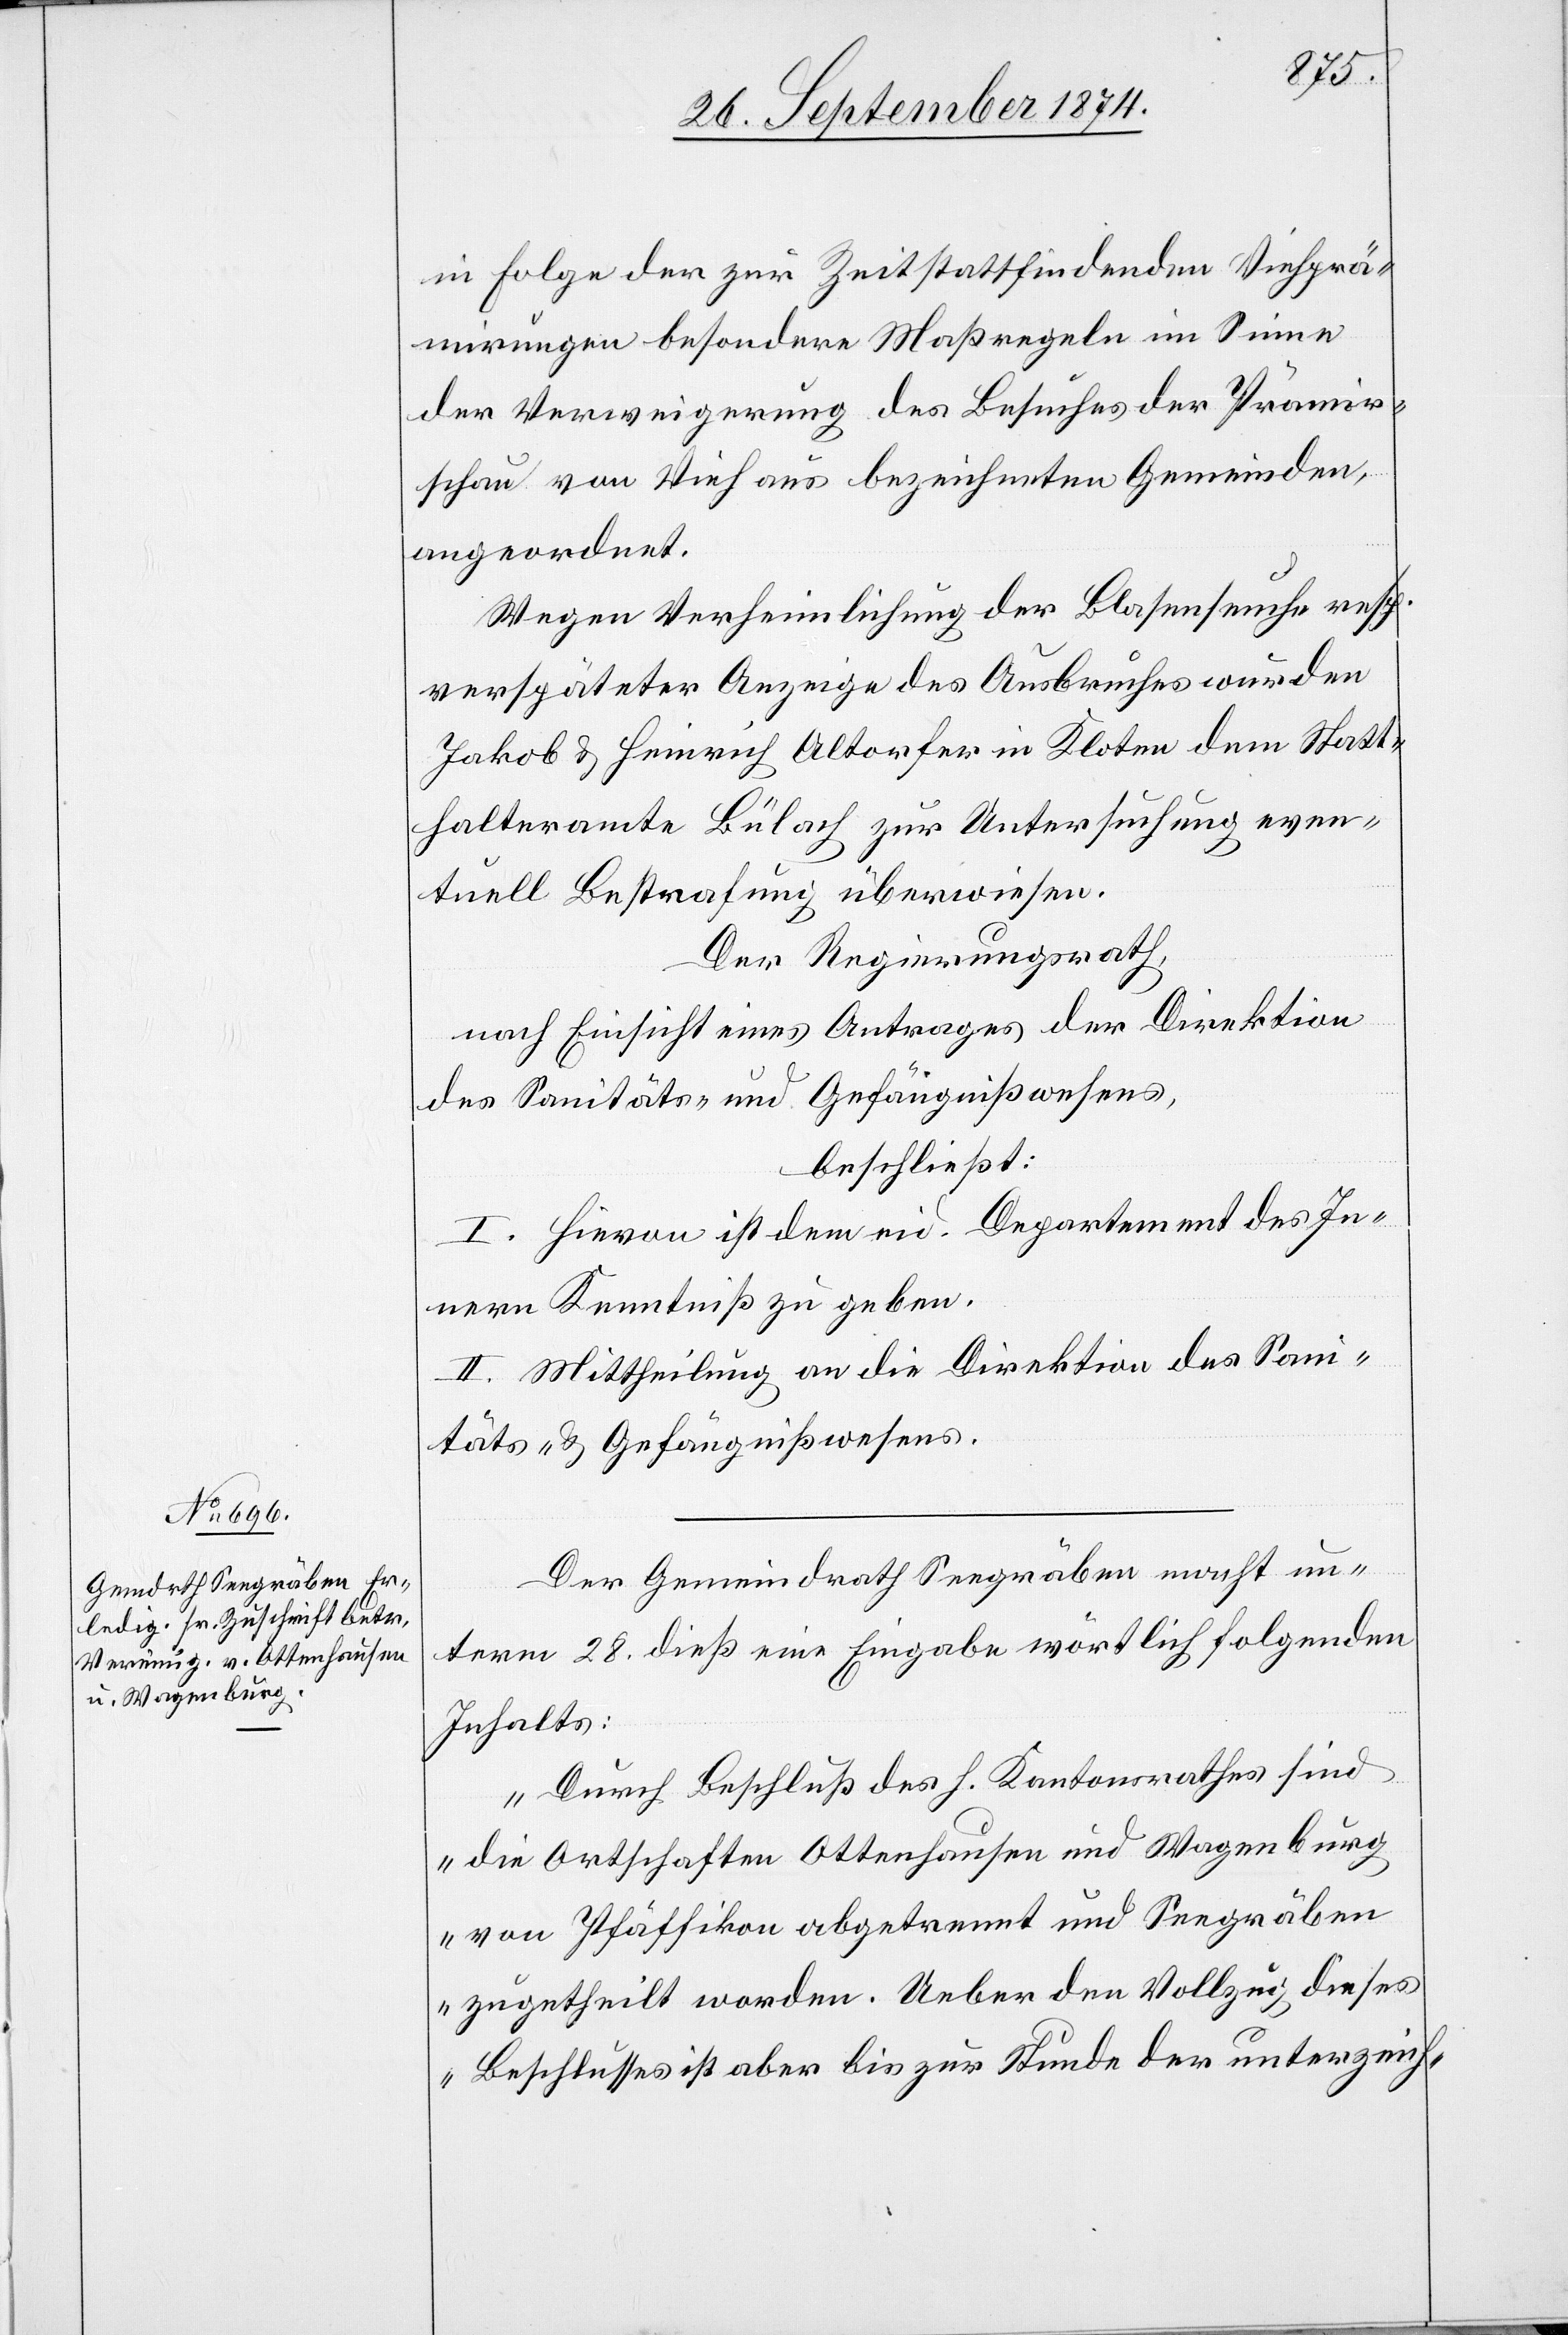
30. September 1874.]
in Folge der zur Zeit stattfindenden Viehprä¬
mirungen besondere Maßregeln im Sinne
der Verweigerung des Besuches der Prämir¬
schau von Vieh aus bezeichneten Gemeinden,
angeordnet.
Wegen Verheimlichung der Blasenseuche resp.
verspäteter Anzeige des Ausbruches wurden
Jakob & Heinrich Altorfer in Kloten dem Statt¬
halteramte Bülach zur Untersuchung even¬
tuell Bestrafung überwiesen.
Der Regierungsrath,
nach Einsicht eines Antrages der Direktion
des Sanitäts- und Gefängnißwesens,
beschließt:
I. Hievon ist dem eid. Departement des In¬
nern Kenntniß zu geben.
II. Mittheilung an die Direktion des Sani¬
täts- & Gefängnißwesens.
Der Gemeindrath Seegräben macht un¬
term 28. dieß eine Eingabe wörtlich folgenden
Inhalts:
„Durch Beschluß des h. Kantonsrathes sind
die Ortschaften Ottenhausen und Wagenburg
von Pfäffikon abgetrennt und Seegräben
zugetheilt worden. Ueber den Vollzug dieses
Beschlusses ist aber bis zur Stunde der unterzeich-